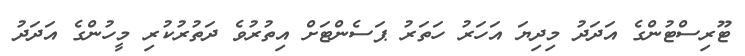
ޓޫރިސްޓުންގެ އަދަދު މިދިޔަ އަހަރު ހަތަރު ޕަސެންޓަށް އިތުރުވެ ދަތުރުކުރި މީހުންގެ އަދަދު